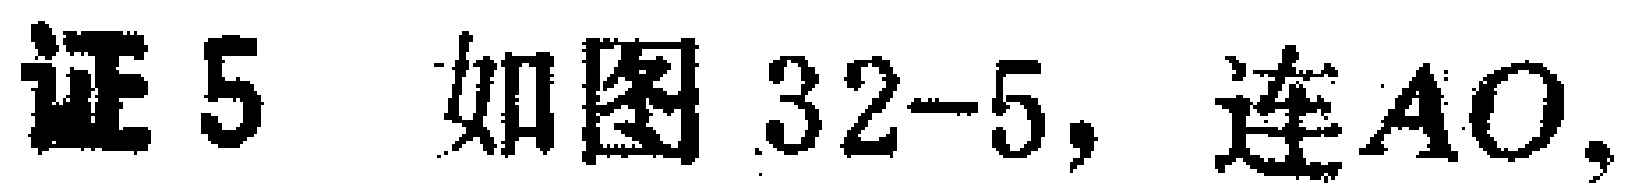
证5 如图32-5，连$AO$，